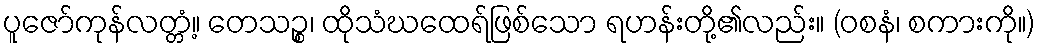
ပူဇော်ကုန်လတ္တံ့။ တေသဉ္စ၊ ထိုသံဃထေရ်ဖြစ်သော ရဟန်းတို့၏လည်း။ (ဝစနံ၊ စကားကို။)